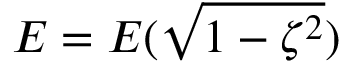
E = E ( \sqrt { 1 - \zeta ^ { 2 } } )